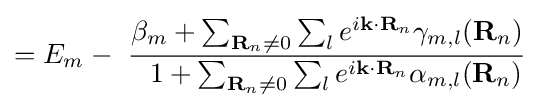
=E_{m}-\ {\frac {\beta _{m}+\sum _{\mathbf {R} _{n}\neq 0}\sum _{l}e^{i\mathbf {k} \cdot \mathbf {R} _{n}}\gamma _{m,l}(\mathbf {R} _{n})}{\ \ 1+\sum _{\mathbf {R} _{n}\neq 0}\sum _{l}e^{i\mathbf {k} \cdot \mathbf {R} _{n}}\alpha _{m,l}(\mathbf {R} _{n})}}\